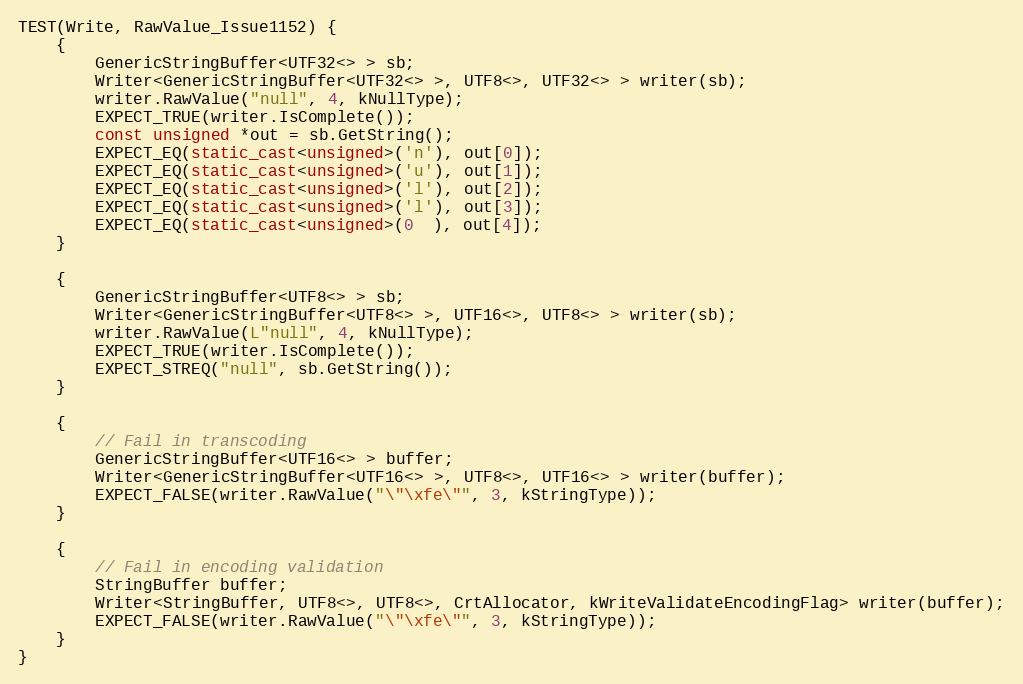
Language: C++
TEST(Write, RawValue_Issue1152) {
    {
        GenericStringBuffer<UTF32<> > sb;
        Writer<GenericStringBuffer<UTF32<> >, UTF8<>, UTF32<> > writer(sb);
        writer.RawValue("null", 4, kNullType);
        EXPECT_TRUE(writer.IsComplete());
        const unsigned *out = sb.GetString();
        EXPECT_EQ(static_cast<unsigned>('n'), out[0]);
        EXPECT_EQ(static_cast<unsigned>('u'), out[1]);
        EXPECT_EQ(static_cast<unsigned>('l'), out[2]);
        EXPECT_EQ(static_cast<unsigned>('l'), out[3]);
        EXPECT_EQ(static_cast<unsigned>(0  ), out[4]);
    }

    {
        GenericStringBuffer<UTF8<> > sb;
        Writer<GenericStringBuffer<UTF8<> >, UTF16<>, UTF8<> > writer(sb);
        writer.RawValue(L"null", 4, kNullType);
        EXPECT_TRUE(writer.IsComplete());
        EXPECT_STREQ("null", sb.GetString());
    }

    {
        // Fail in transcoding
        GenericStringBuffer<UTF16<> > buffer;
        Writer<GenericStringBuffer<UTF16<> >, UTF8<>, UTF16<> > writer(buffer);
        EXPECT_FALSE(writer.RawValue("\"\xfe\"", 3, kStringType));
    }

    {
        // Fail in encoding validation
        StringBuffer buffer;
        Writer<StringBuffer, UTF8<>, UTF8<>, CrtAllocator, kWriteValidateEncodingFlag> writer(buffer);
        EXPECT_FALSE(writer.RawValue("\"\xfe\"", 3, kStringType));
    }
}